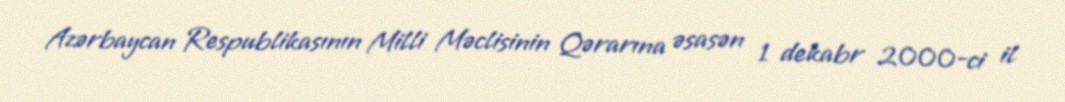
Azərbaycan Respublikasının Milli Məclisinin Qərarına əsasən 1 dekabr 2000-ci il